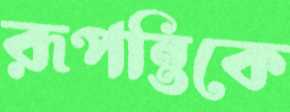
রূপন্তিকে